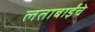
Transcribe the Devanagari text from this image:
लताबाईंचे